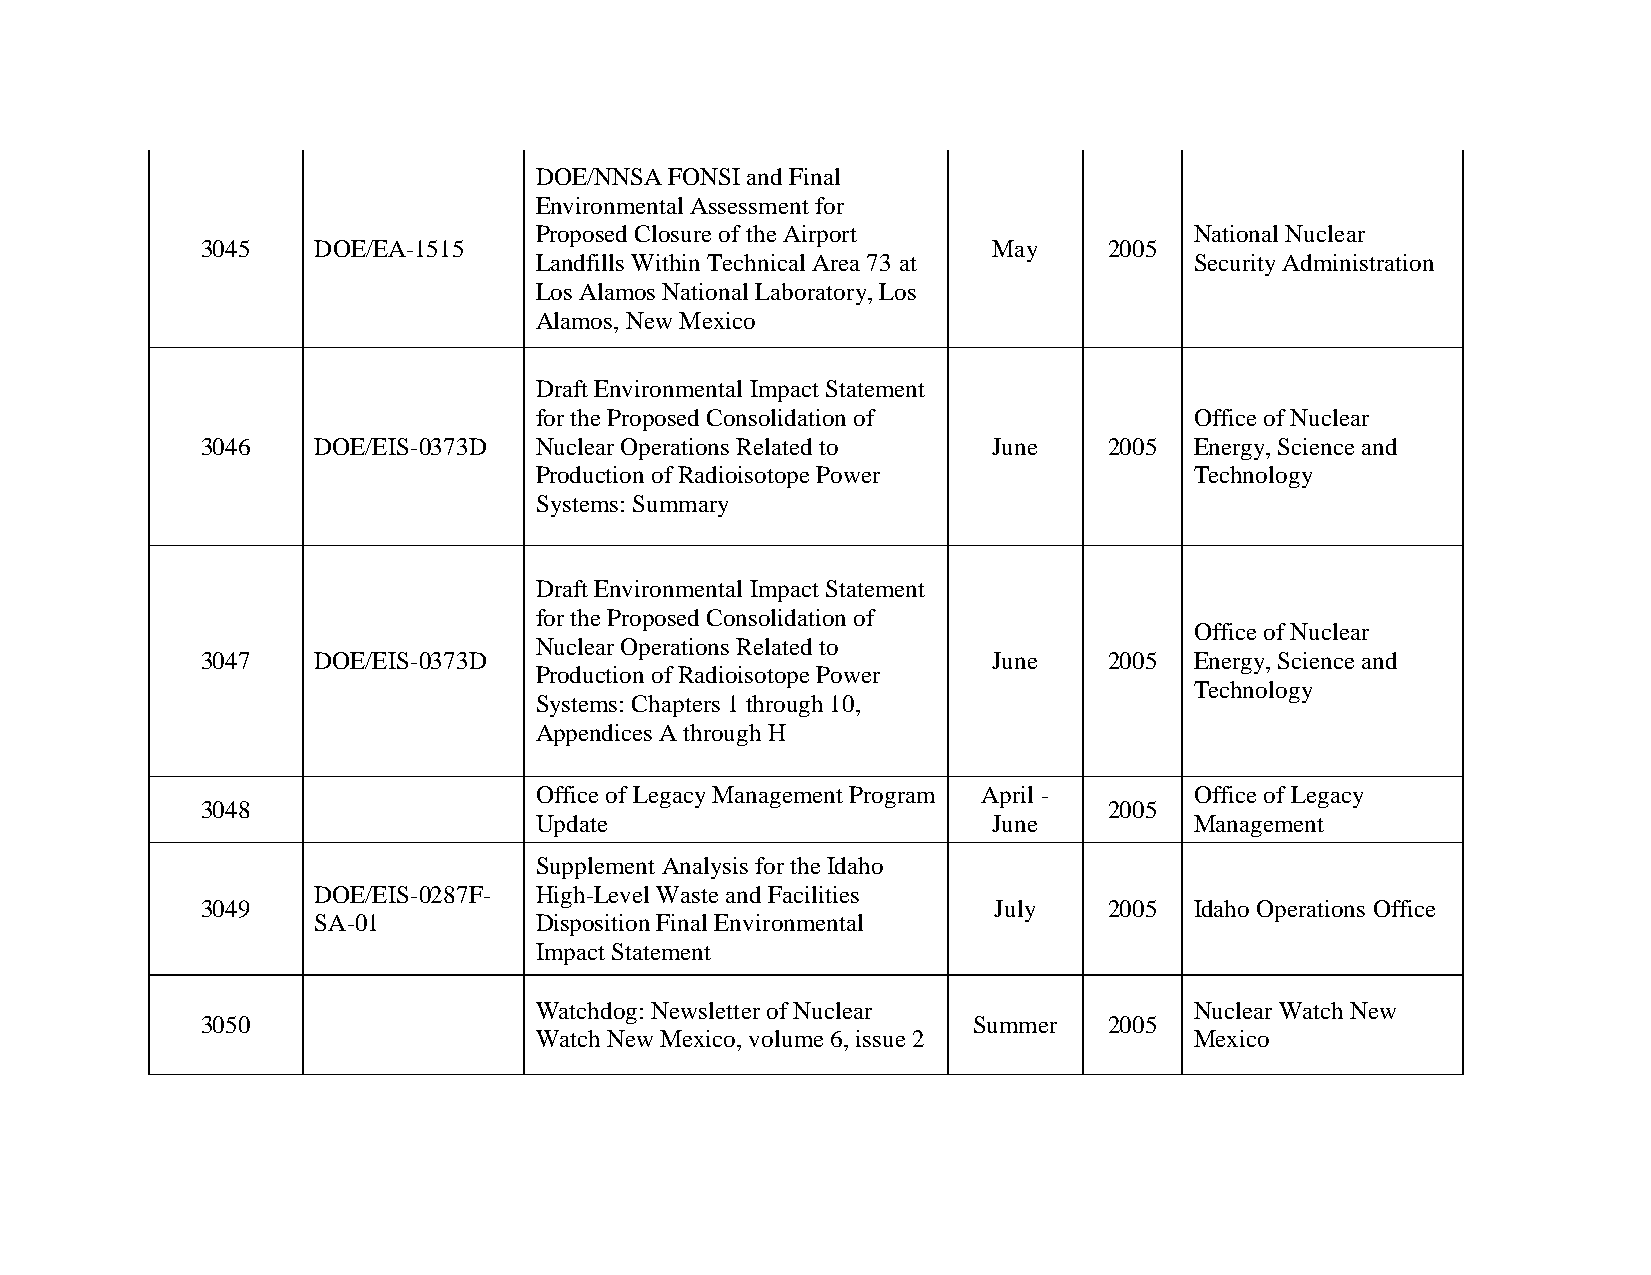
DOE/NNSA FONSI and Final
 Environmental Assessment for
 Proposed Closure of the Airport             National Nuclear
 3045    DOE/EA-1515                                  May    2005
 Landfills Within Technical Area 73 at       Security Administration
 Los Alamos National Laboratory, Los
 Alamos, New Mexico
 Draft Environmental Impact Statement
 for the Proposed Consolidation of           Office of Nuclear
 3046    DOE/EIS-0373D Nuclear Operations Related to  June   2005  Energy, Science and
 Production of Radioisotope Power            Technology
 Systems: Summary
 Draft Environmental Impact Statement
 for the Proposed Consolidation of
 Office of Nuclear
 Nuclear Operations Related to
 3047    DOE/EIS-0373D                                June   2005  Energy, Science and
 Production of Radioisotope Power
 Technology
 Systems: Chapters 1 through 10,
 Appendices A through H
 Office of Legacy Management Program April - Office of Legacy
 3048                                                        2005
 Update                         June         Management
 Supplement Analysis for the Idaho
 DOE/EIS-0287F- High-Level Waste and Facilities
 3049                                                 July   2005  Idaho Operations Office
 SA-01         Disposition Final Environmental
 Impact Statement
 Watchdog: Newsletter of Nuclear             Nuclear Watch New
 3050                                               Summer   2005
 Watch New Mexico, volume 6, issue 2         Mexico